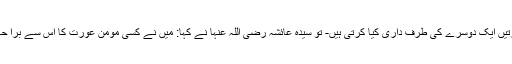
جب رسول اللہ صلی اللہ علیہ وسلم تشریف لائے – عام طور پر عورتیں ایک دوسرے کی طرف داری کیا کرتی ہیں- تو سیدہ عائشہ رضی اللہ عنہا نے کہا: میں نے کسی مومن عورت کا اس سے برا حال نہیں دیکھا، اس کی چمڑی اس کی چادر سے بھی زیادہ سبز ہے!